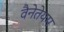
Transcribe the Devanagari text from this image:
वैनेतेयम